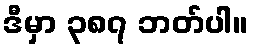
ဒီမှာ ၃၈၇ ဘတ်ပါ။